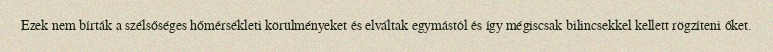
Ezek nem bírták a szélsőséges hőmérsékleti körülményeket és elváltak egymástól és így mégiscsak bilincsekkel kellett rögzíteni őket.